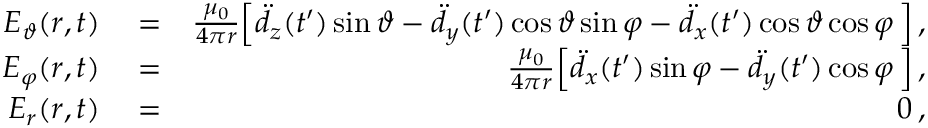
\begin{array} { r l r } { E _ { \vartheta } ( \boldsymbol { r } , t ) } & { { } = } & { \frac { \mu _ { 0 } } { 4 \pi r } \Big [ \ddot { d } _ { z } ( t ^ { \prime } ) \sin \vartheta - \ddot { d } _ { y } ( t ^ { \prime } ) \cos \vartheta \sin \varphi - \ddot { d } _ { x } ( t ^ { \prime } ) \cos \vartheta \cos \varphi \, \Big ] \, , } \\ { E _ { \varphi } ( \boldsymbol { r } , t ) } & { { } = } & { \frac { \mu _ { 0 } } { 4 \pi r } \Big [ \ddot { d } _ { x } ( t ^ { \prime } ) \sin \varphi - \ddot { d } _ { y } ( t ^ { \prime } ) \cos \varphi \, \Big ] \, , } \\ { E _ { r } ( \boldsymbol { r } , t ) } & { { } = } & { 0 \, , } \end{array}